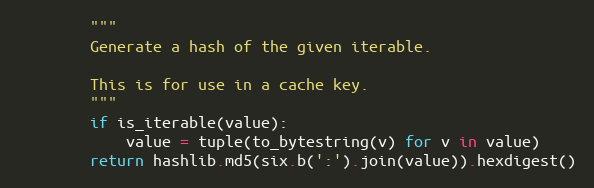
Language: Python
        """
        Generate a hash of the given iterable.

        This is for use in a cache key.
        """
        if is_iterable(value):
            value = tuple(to_bytestring(v) for v in value)
        return hashlib.md5(six.b(':').join(value)).hexdigest()